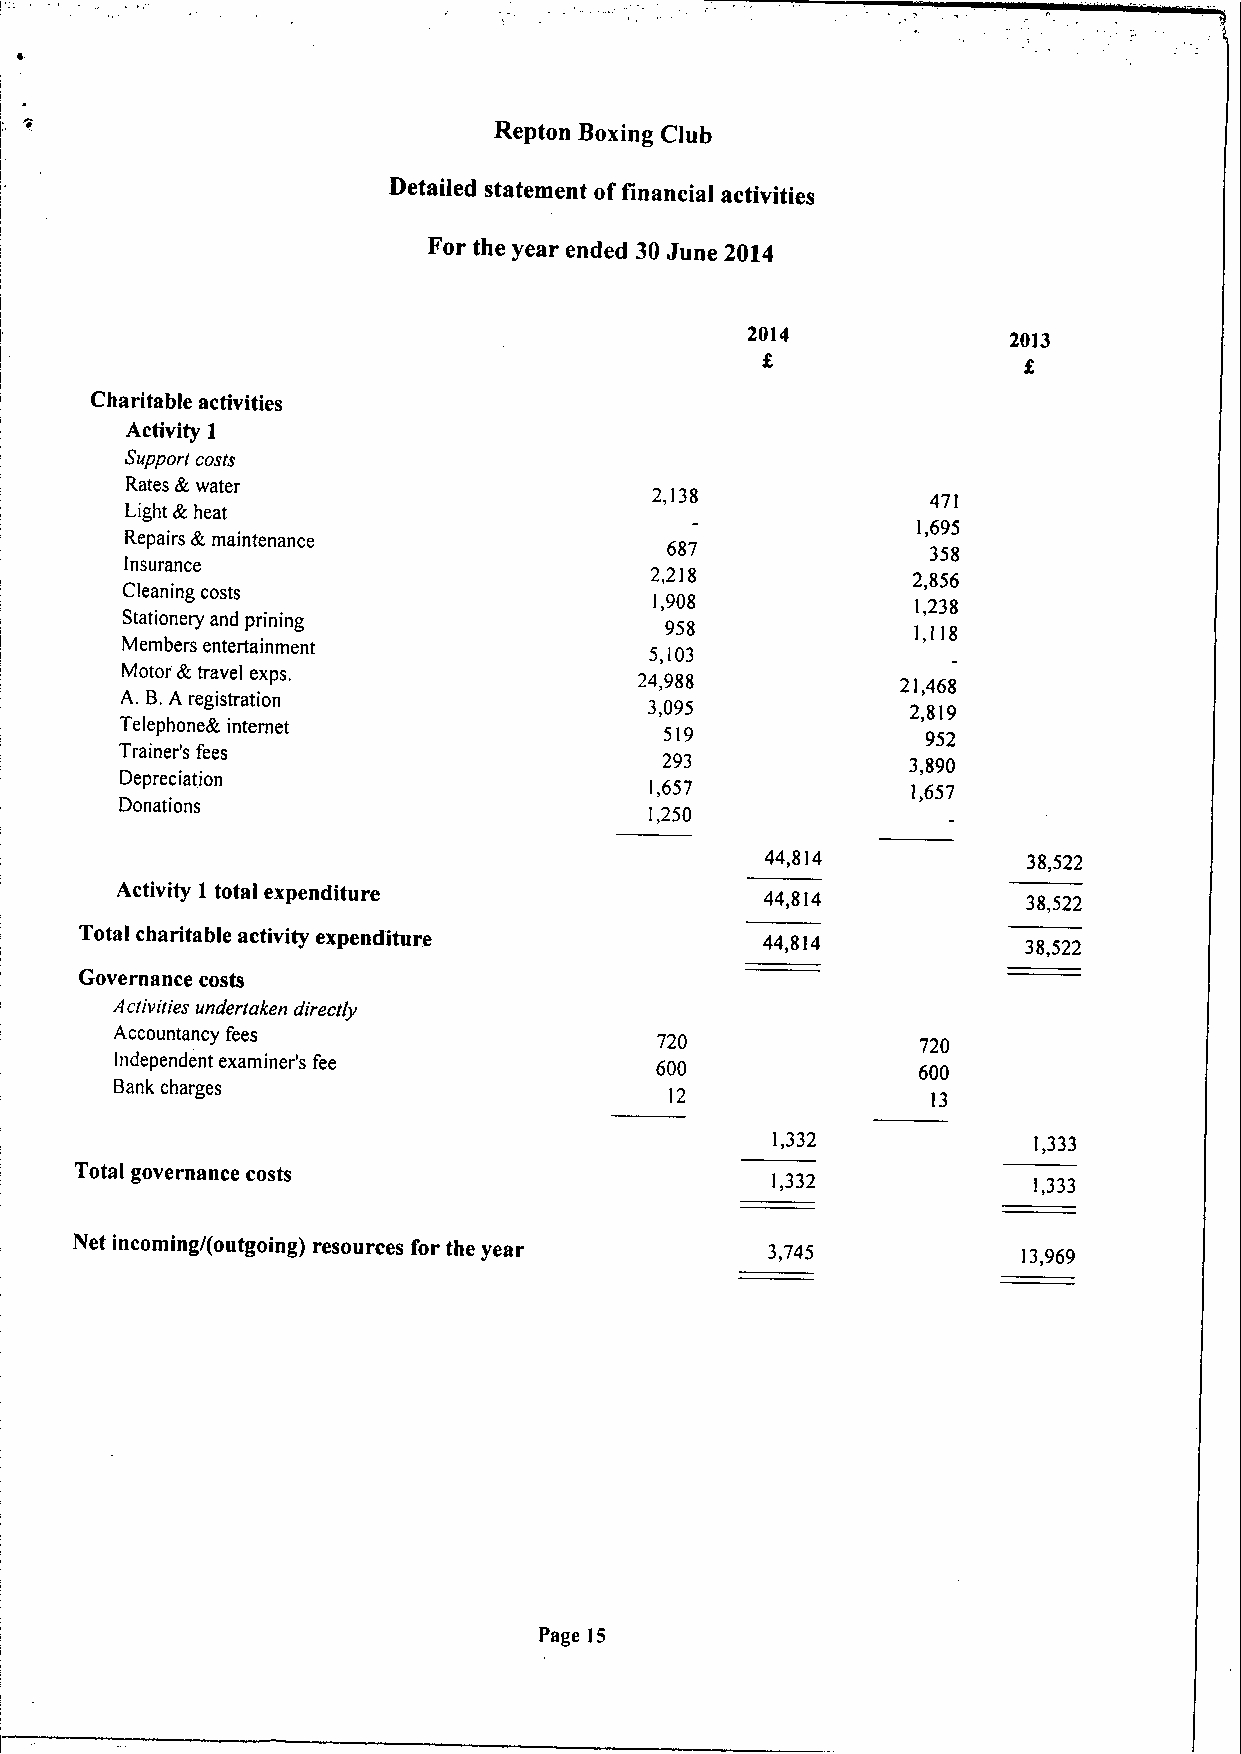
Repton Boxing Club
 Detailed statement offinancial activities
 For the year ended 30June 2014
 2014              2013
 Charitable activities
 Activity 1
 Support costs
 Rates &water
 2,138              471
 Light &heat
 1,695
 Repairs &maintenance
 687               358
 Insurance
 2,218            2,856
 Cleaning costs
 1,908             1,238
 Stationery and prining              958             1,118
 Members entertainment
 5,103
 Motor &travel exps.               24,988            21,468
 A. B.A registration
 3,095            2,819
 Telephone& internet                 519              952
 Trainer's fees
 293             3,890
 Depreciation
 1,657            1,657
 Donations
 1,250
 44,8]4
 38,522
 Activity 1total expenditure                44,814           38,522
 Total charitable activity expenditure        44,814            38,522
 Governance costs
 Activities undertaken directly
 Accountancy fees
 720               720
 Independent examiner's fee         600               600
 Bank charges
 12                13
 1,332            1,333
 Total governance costs
 1,332            1,333
 Net incoming/(outgoing) resources for the year 3,745           13,969
 Page 15